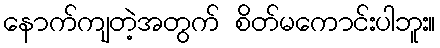
နောက်ကျတဲ့အတွက် စိတ်မကောင်းပါဘူး။